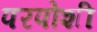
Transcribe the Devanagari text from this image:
परपोशी